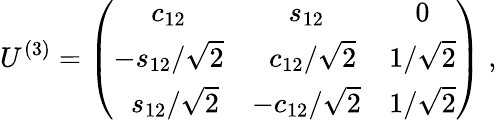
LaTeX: U^{(3)}=\left(\begin{array}{ccc}{{c_{12}}}&{{s_{12}}}&{{0}}\\ {{-{s_{12}}/{\sqrt{2}}}}&{{\; \, {c_{12}}/{\sqrt{2}}}}&{{1/\sqrt{2}}}\\ {{\; \, {s_{12}}/{\sqrt{2}}}}&{{-{c_{12}}/{\sqrt{2}}}}&{{1/\sqrt{2}}}\end{array}\right)\; ,